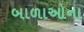
બાળાઓના